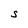
Character: S